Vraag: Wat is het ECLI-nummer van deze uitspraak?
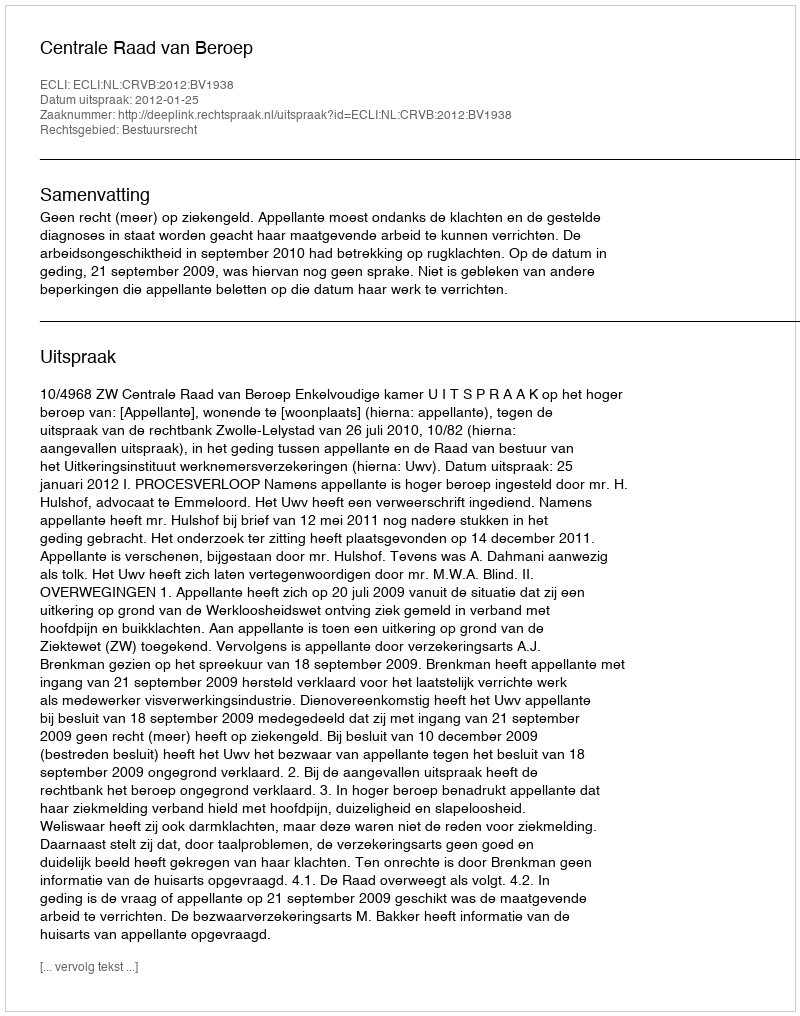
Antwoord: ECLI:NL:CRVB:2012:BV1938